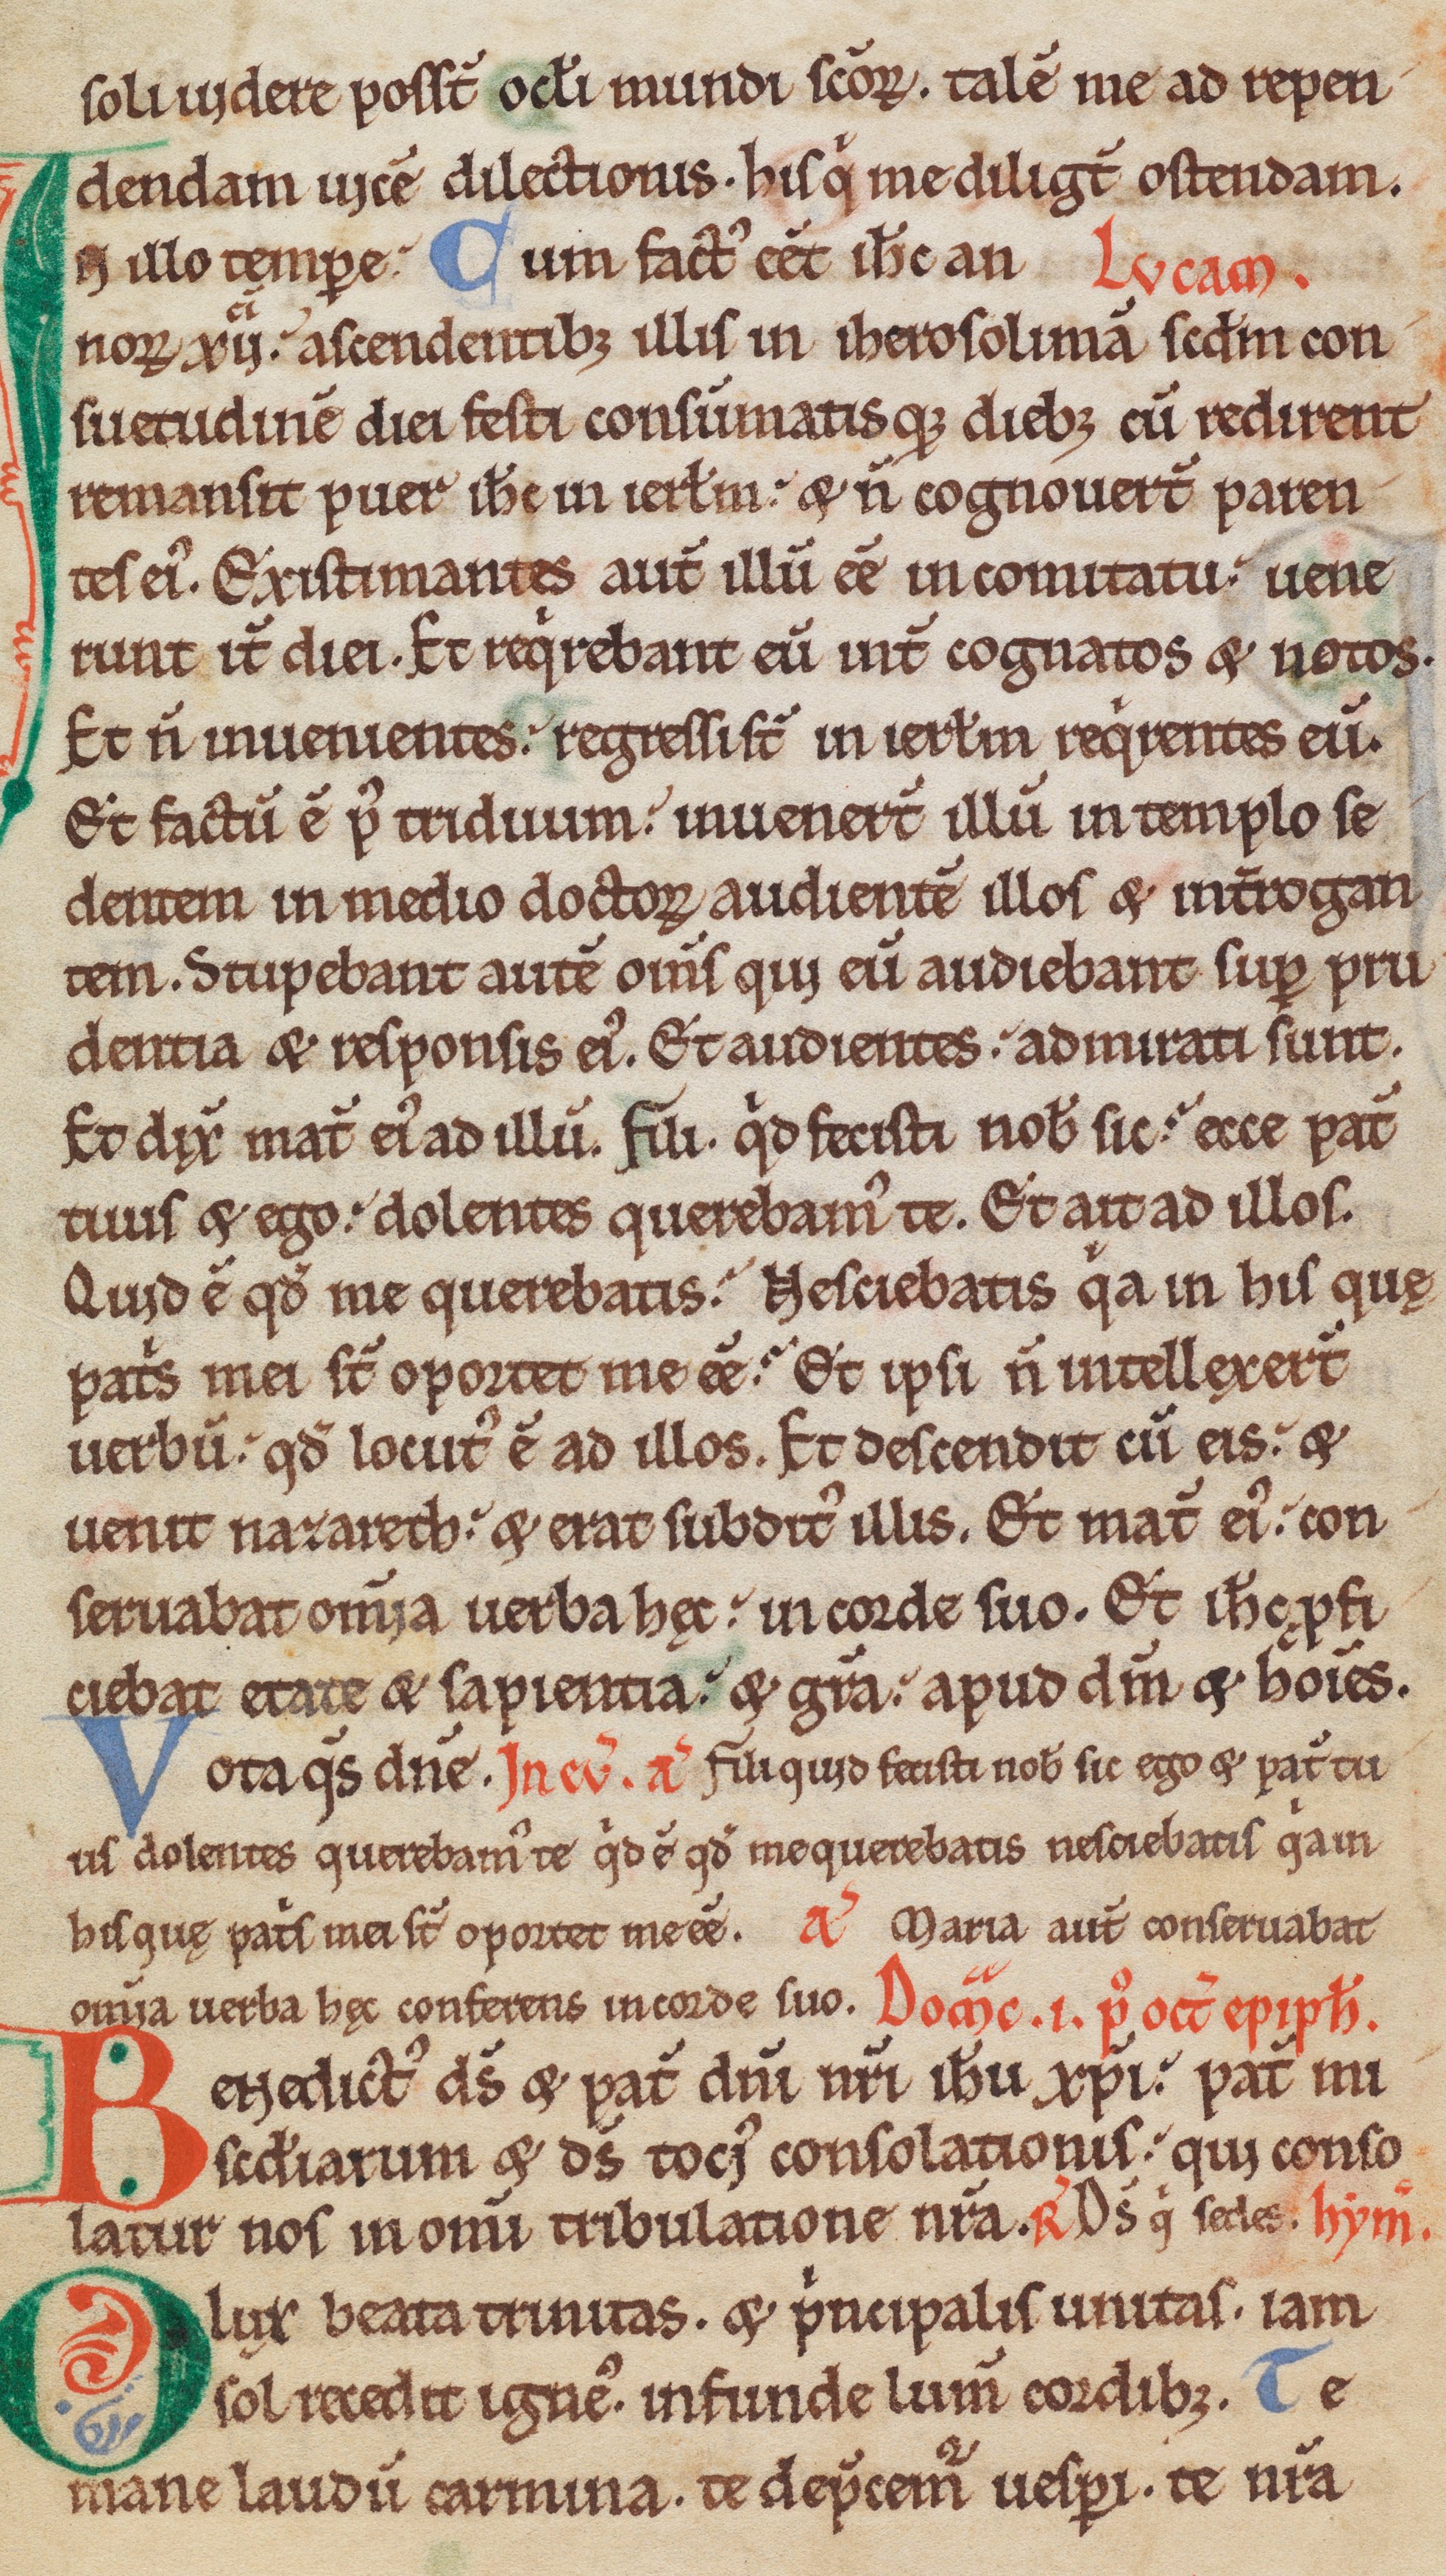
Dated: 1150–1199